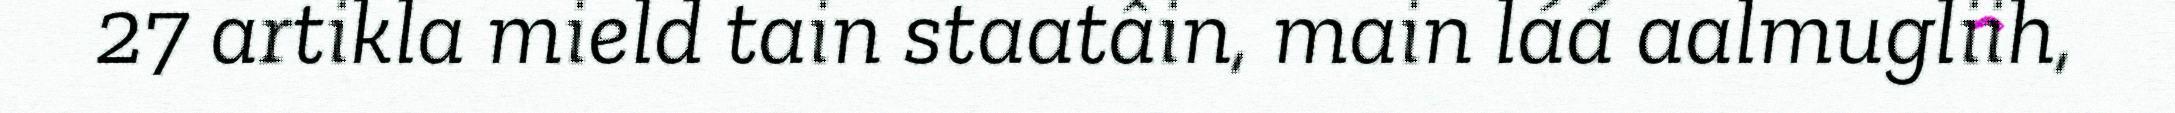
27 artikla mield tain staatâin, main láá aalmugliih,